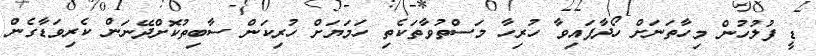
ޑީ ފުލުހުން މިހާތަނަށް ހޯދާފައިވާ ހުރިހާ މަސްތުވާތަކެތި ހަމަޔަށް ހުރިކަން ސާބިތުކޮށްދޭނަން ކެރިވަޑާގެން